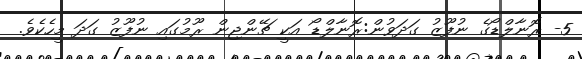
5- ރޮނާލްޑޯގެ ނުފޫޒު ގަދަވުން:ރޮނާލްޑޯ އަކީ ޗޭންޖިން ރޫމުގައި ނުފޫޒު ގަދަ މީހެކެވެ.